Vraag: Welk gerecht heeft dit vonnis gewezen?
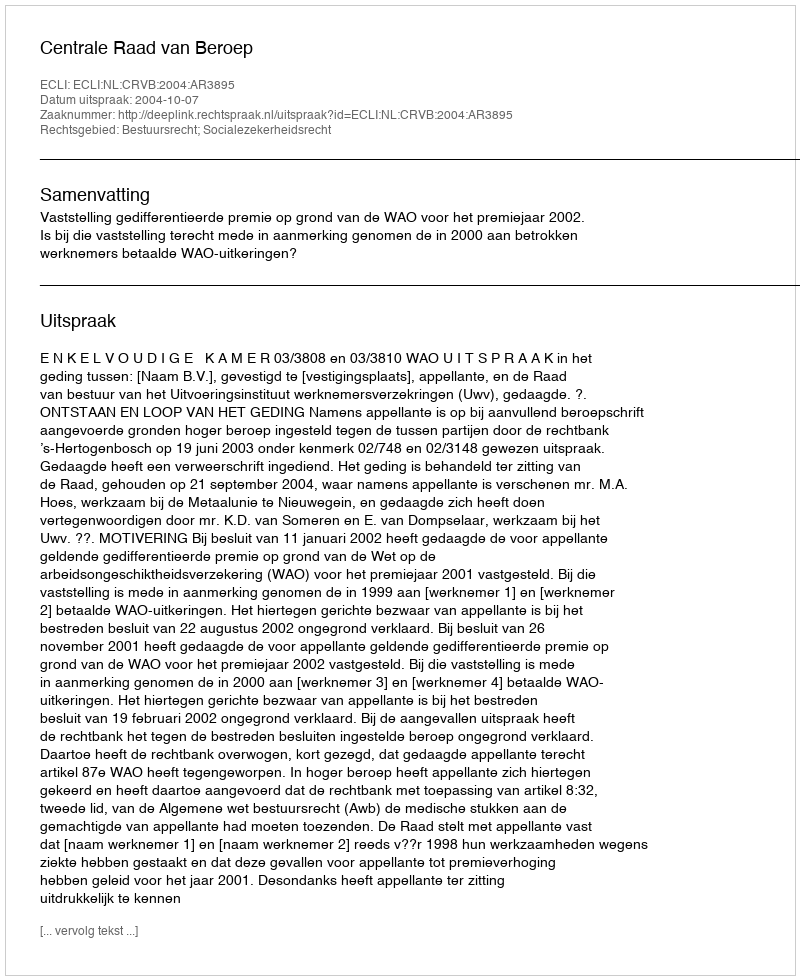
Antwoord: Centrale Raad van Beroep